Leprosy in India: report of the Leprosy Commission in India, 1890-91
Year: 1890
Disease focus: Leprosy
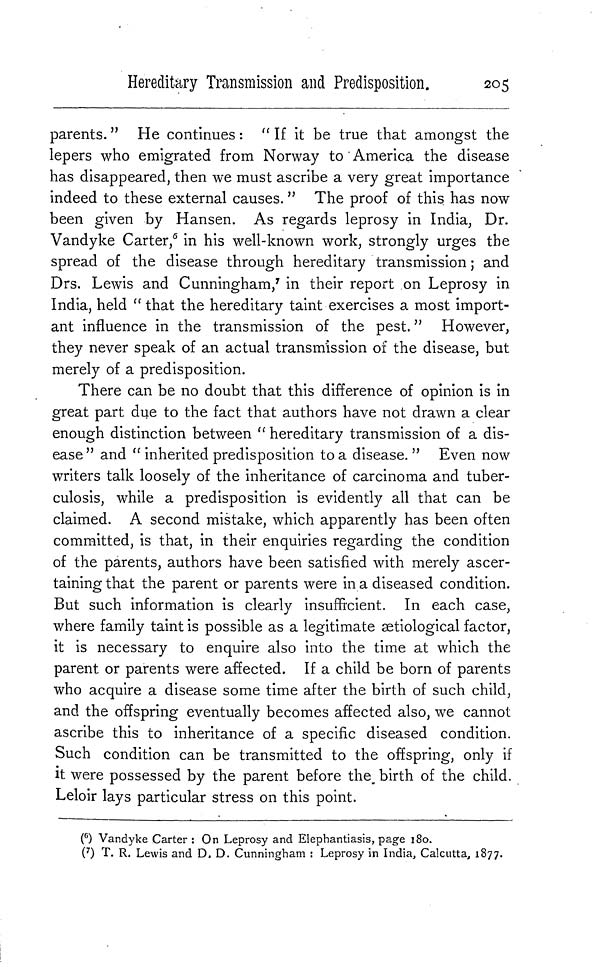
Hereditary Transmission and Predisposition.
205
parents. " He continues : " If it be true that amongst the
lepers who emigrated from Norway to America the disease
has disappeared, then we must ascribe a very great importance
indeed to these external causes. " The proof of this has now
been given by Hansen. As regards leprosy in India, Dr.
Vandyke Carter, 6 in his well-known work, strongly urges the
spread of the disease through hereditary transmission ; and
Drs. Lewis and Cunningham, 7 in their report on Leprosy in
India, held " that the hereditary taint exercises a most import-
ant influence in the transmission of the pest. " However,
they never speak of an actual transmission of the disease, but
merely of a predisposition.
There can be no doubt that this difference of opinion is in
great part due to the fact that authors have not drawn a clear
enough distinction between " hereditary transmission of a dis-
ease" and " inherited predisposition to a disease." Even now
writers talk loosely of the inheritance of carcinoma and tuber-
culosis, while a predisposition is evidently all that can be
claimed. A second mistake, which apparently has been often
committed, is that, in their enquiries regarding the condition
of the parents, authors have been satisfied with merely ascer-
taining that the parent or parents were in a diseased condition.
But such information is clearly insufficient. In each case,
where family taint is possible as a legitimate ætiological factor,
it is necessary to enquire also into the time at which the
parent or parents were affected. If a child be born of parents
who acquire a disease some time after the birth of such child,
and the offspring eventually becomes affected also, we cannot
ascribe this to inheritance of a specific diseased condition.
Such condition can be transmitted to the offspring, only if
it were possessed by the parent before the. birth of the child.
Leloir lays particular stress on this point.
( 6 ) Vandyke Carter : On Leprosy and Elephantiasis, page 180.
( 7 ) T. R. Lewis and D. D. Cunningham : Leprosy in India, Calcutta, 1877.